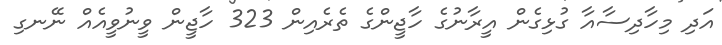
އަދި މިހާދިސާއާ ގުޅިގެން އީރާނުގެ ހާޖީންގެ ތެރެއިން 323 ހާޖީން ވީނުވީއެއް ނޭނގި